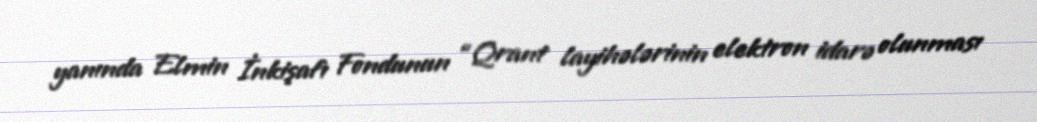
yanında Elmin İnkişafı Fondunun “Qrant layihələrinin elektron idarə olunması